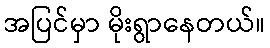
အပြင်မှာ မိုးရွာနေတယ်။